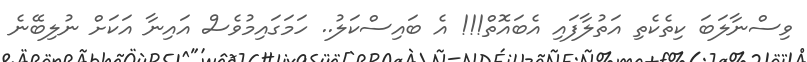
ވިސްނާލަބަ ކިތެކެތި އަތުލާފައި އެބައޮތް!!! އެ ބައިސްކަލު.. ހަމަގައިމުވެސް އައިނާ އަކަށް ނުލިބޭނެ